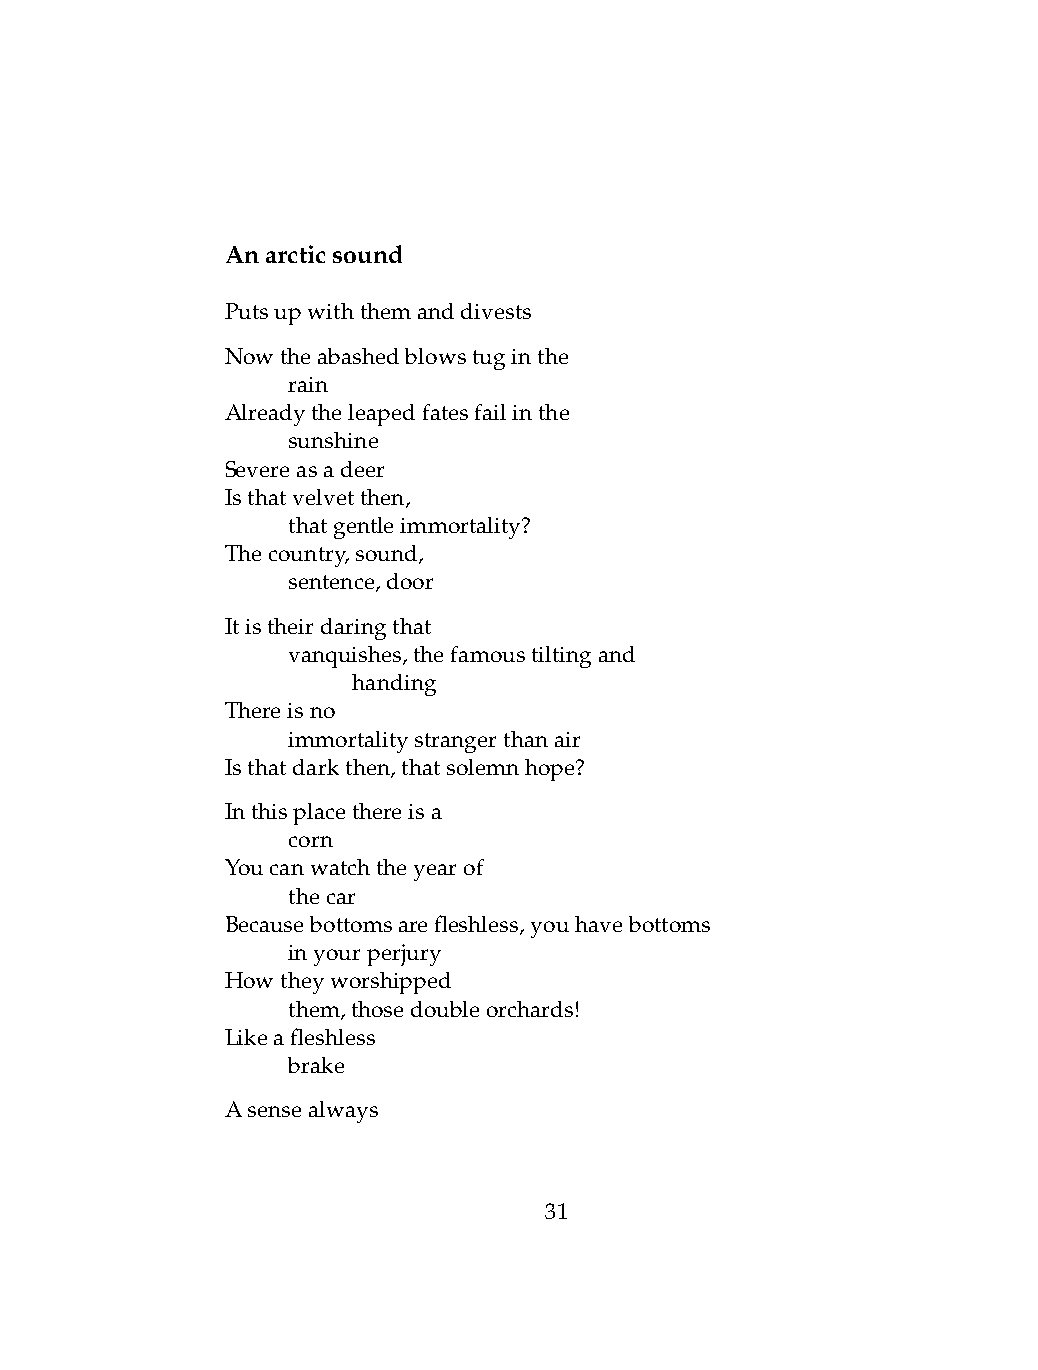
Anarcticsound
 Putsupwiththemanddivests
 Nowtheabashedblowstuginthe
 .   rain
 Alreadytheleapedfatesfailinthe
 .   sunshine
 Severeasadeer
 Isthatvelvetthen,
 .   thatgentleimmortality?
 Thecountry,sound,
 .   sentence,door
 Itistheirdaringthat
 .   vanquishes,thefamoustiltingand
 .   .   handing
 Thereisno
 .   immortalitystrangerthanair
 Isthatdarkthen,thatsolemnhope?
 Inthisplacethereisa
 .   corn
 Youcanwatchtheyearof
 .   thecar
 Becausebottomsarefleshless,youhavebottoms
 .   inyourperjury
 Howtheyworshipped
 .   them,thosedoubleorchards!
 Likeafleshless
 .   brake
 Asensealways
 31